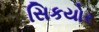
સિકયોર